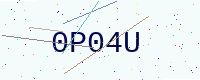
Text: 0P04U